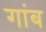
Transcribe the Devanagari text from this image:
गांब